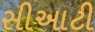
સીઆટી